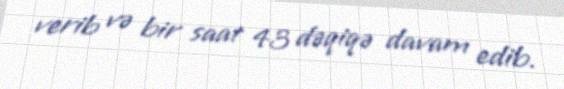
verib və bir saat 43 dəqiqə davam edib.